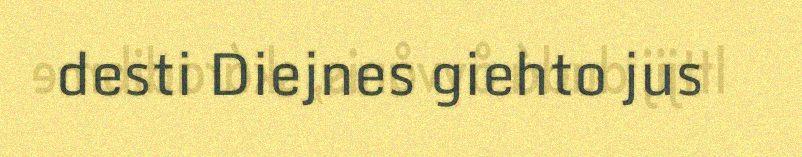
desti Diejnes giehto jus